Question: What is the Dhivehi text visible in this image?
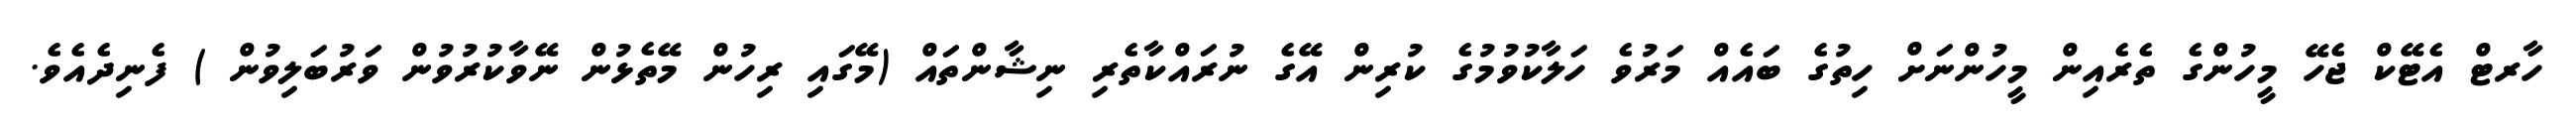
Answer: ހާރޓް އެޓޭކް ޖެހޭ މީހުންގެ ތެރެއިން މީހުންނަށް ހިތުގެ ބައެއް މަރުވެ ހަލާކުވުމުގެ ކުރިން އޭގެ ނުރައްކާތެރި ނިޝާންތައް (މޭގައި ރިހުން މޭތެޅުން ނޭވާކުރުވުން ވަރުބަލިވުން ) ފެނިދެއެވެ.